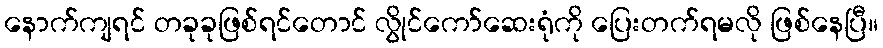
နောက်ကျရင် တခုခုဖြစ်ရင်တောင် လွိုင်ကော်ဆေးရုံကို ပြေးတက်ရမလို ဖြစ်နေပြီ။